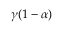
\gamma ( 1 - \alpha )